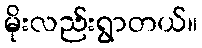
မိုးလည်းရွာတယ်။